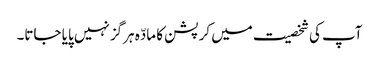
آپ کی شخصیت میں کرپشن کا مادّہ ہرگز نہیں پایا جاتا۔